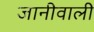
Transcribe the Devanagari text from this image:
जानीवाली